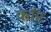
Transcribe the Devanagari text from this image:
कॉप्ट